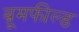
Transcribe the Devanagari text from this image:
ब्रूमफील्ड